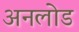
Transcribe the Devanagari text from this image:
अनलोड